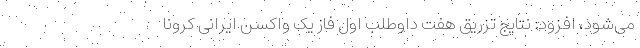
می‌شود، افزود: نتایج تزریق هفت داوطلب اول فاز یک واکسن ایرانی کرونا